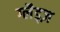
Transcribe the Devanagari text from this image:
ग्लैड्ज़